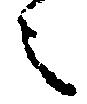
之